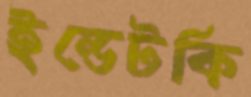
ইন্ডেটকি